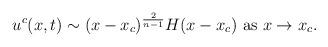
LaTeX: \begin{align*}u^c(x,t)\sim(x-x_c)^{\frac2{n-1}}H(x-x_c) \textrm{ as } x\rightarrow x_c.\end{align*}